Plague in India, 1896, 1897 - Volume 3
Year: 1896
Disease focus: Plague
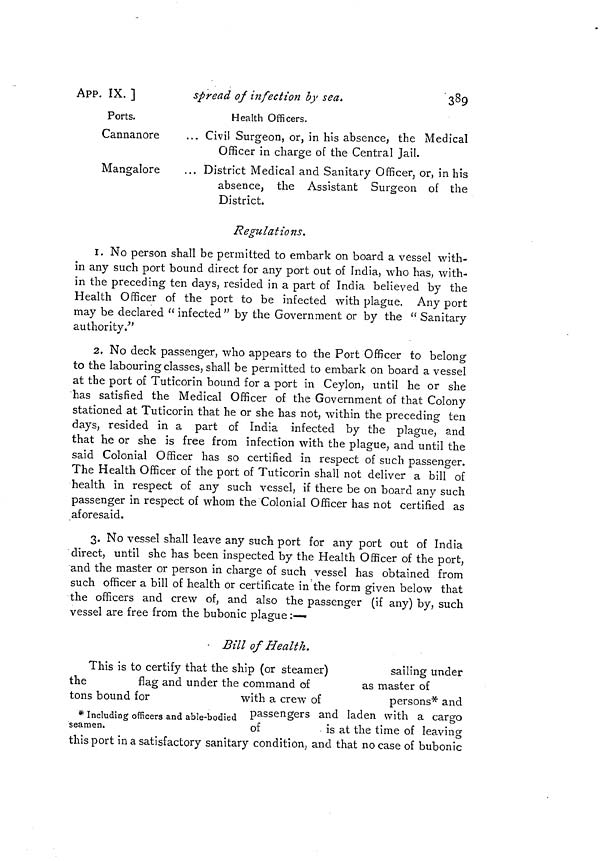
389
APP. IX. ]
spread of infection by sea.
Ports.
Cannanore
Mangalore
Health Officers.
... Civil Surgeon, or, in his absence, the Medical
Officer in charge of the Central Jail.
... District Medical and Sanitary Officer, or, in his
absence, the Assistant Surgeon of the
District.
Regulations.
1. No person shall be permitted to embark on board a vessel with-
in any such port bound direct for any port out of India, who has, with-
in the preceding ten days, resided in a part of India believed by the
Health Officer of the port to be infected with plague. Any port
may be declared " infected" by the Government or by the " Sanitary
authority."
2. No deck passenger, who appears to the Port Officer to belong
to the labouring classes, shall be permitted to embark on board a vessel
at the port of Tuticorin bound for a port in Ceylon, until he or she
has satisfied the Medical Officer of the Government of that Colony
stationed at Tuticorin that he or she has not, within the preceding ten
days, resided in a part of India infected by the plague, and
that he or she is free from infection with the plague, and until the
said Colonial Officer has so certified in respect of such passenger.
The Health Officer of the port of Tuticorin shall not deliver a bill of
health in respect of any such vessel, if there be on board any such
passenger in respect of whom the Colonial Officer has not certified as
aforesaid.
3. No vessel shall leave any such port for any port out of India
direct, until she has been inspected by the Health Officer of the port,
and the master or person in charge of such vessel has obtained from
such officer a bill of health or certificate in the form given below that
the officers and crew of, and also the passenger (if any) by, such
vessel are free from the bubonic plague :—
Bill of Health.
This is to certify that the ship (or steamer)
sailing under
the
flag
and under the command of
as master of
tons bound for
with a crew of
persons* and
* Including officers and able-bodied passengers and laden with a cargo
seamen.
of
is at the time of leaving
this port in a satisfactory sanitary condition, and that no case of bubonic